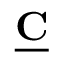
\underline { { \mathbf { C } } }